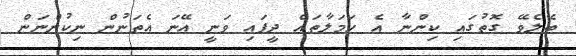
ބެލެވޭ ގޮތުގައި ކިންނާ އެ ހަމަލާތައް ދީފައި ވަނީ އޭނަ އެތަނުން ނިކުންނަން